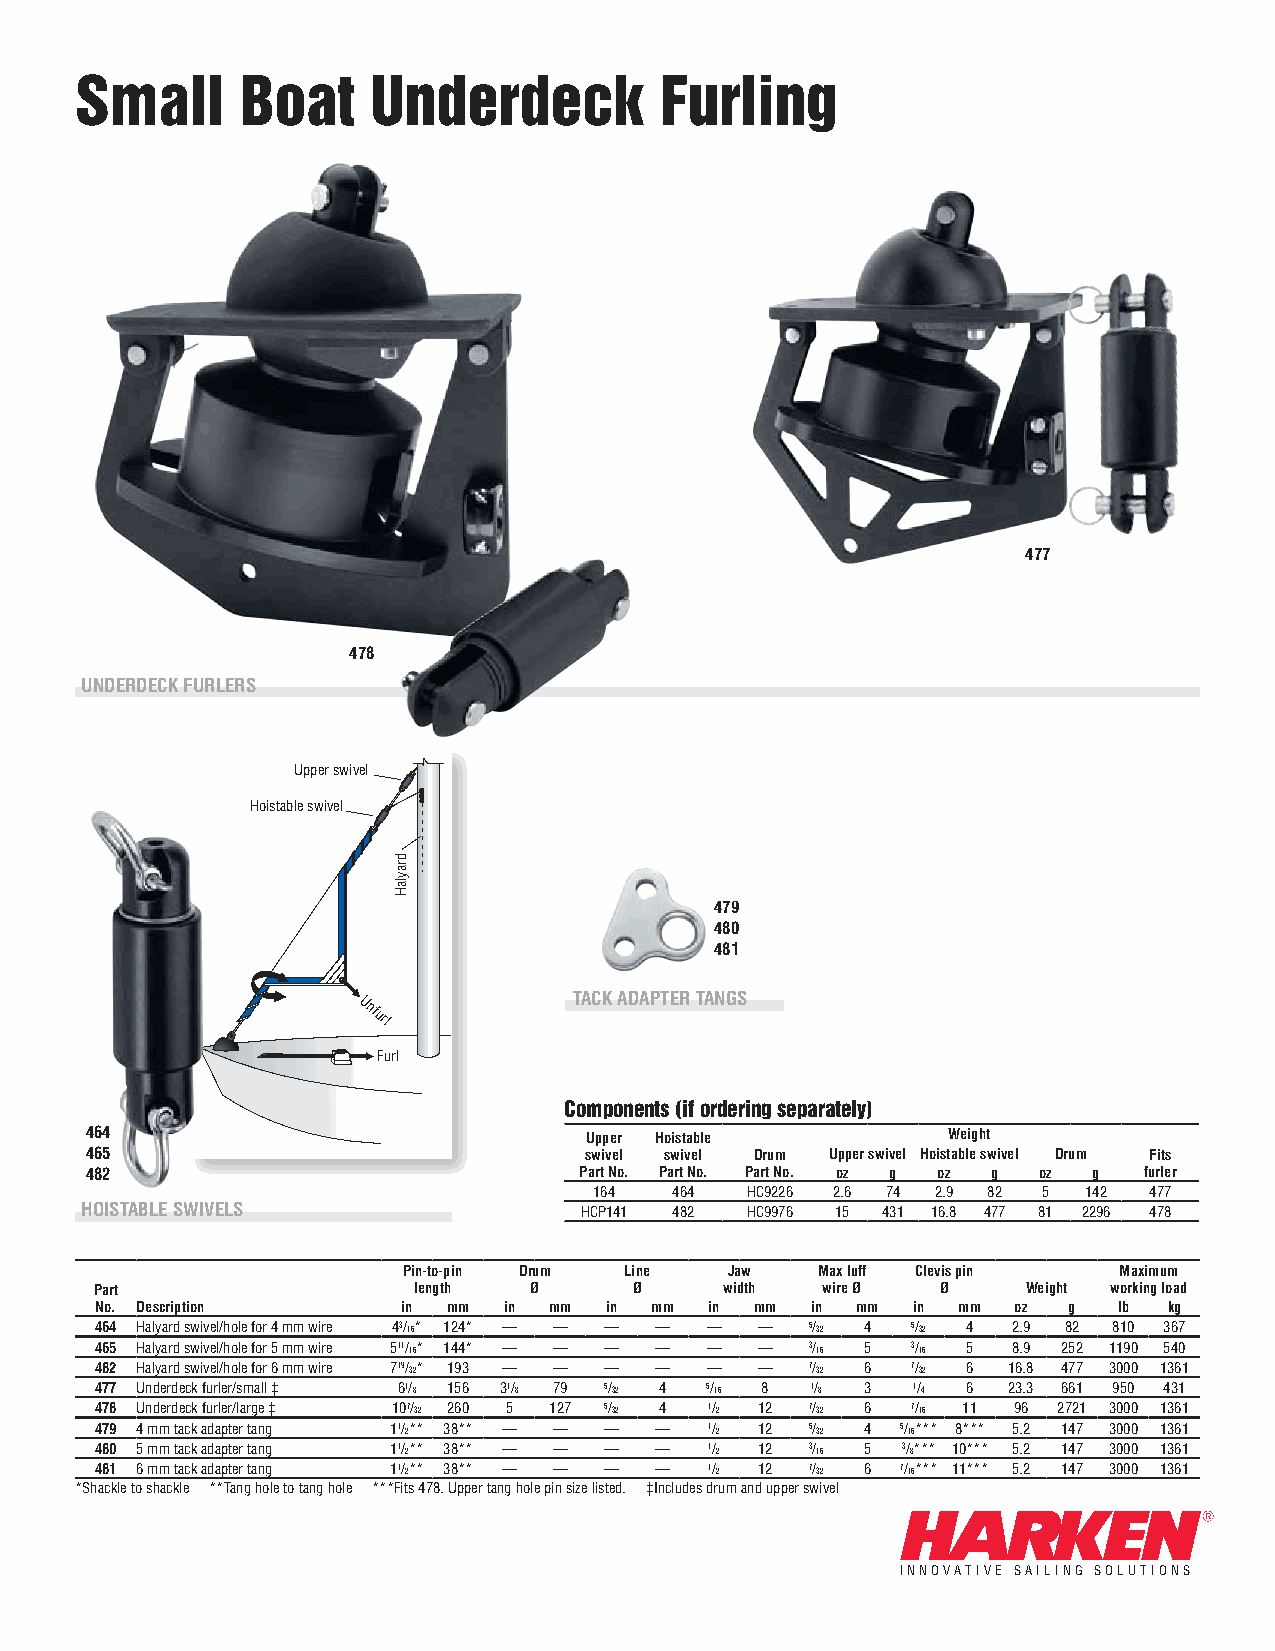
Small      Boat     Underdeck          Furling
 477
 478
 Underdeck FUrlerS
 Upper swivel
 Hoistable swivel
 479
 480
 481
 TAck AdApTer TAngS
 Unfurl
 Furl
 Components (if ordering separately)
 464                              Upper Hoistable         weight
 465                              swivel swivel drum Upper swivel Hoistable swivel drum Fits
 482                             part no. part no. part no. oz g oz g oz g furler
 164   464 HC9226 2.6 74 2.9 82 5 142 477
 HoISTAble SwIvelS                HCP141 482 HC9976 15 431 16.8 477 81 2296 478
 pin-to-pin drum line Jaw   Max luff clevis pin Maximum
 part                 length  Ø      Ø     width wire Ø  Ø     weight working load
 no. description      in mm in mm  in mm  in mm  in mm in mm  oz  g  lb kg
 464 Halyard swivel/hole for 4 mm wire 43/16* 124* — — — — — — 5/32 4 5/32 4 2.9 82 810 367
 465 Halyard swivel/hole for 5 mm wire 511/16* 144* — — — — — — 3/16 5 3/16 5 8.9 252 1190 540
 482 Halyard swivel/hole for 6 mm wire 719/32* 193 — — — — — — 7/32 6 7/32 6 16.8 477 3000 1361
 477 Underdeck furler/small ‡ 61/8 156 31/8 79 5/32 4 5/16 8 1/8 3 1/4 6 23.3 661 950 431
 478 Underdeck furler/large ‡ 107/32 260 5 127 5/32 4 1/2 12 7/32 6 7/16 11 96 2721 3000 1361
 479 4 mm tack adapter tang 11/2** 38** — — — — 1/2 12 5/32 4 5/16*** 8*** 5.2 147 3000 1361
 480 5 mm tack adapter tang 11/2** 38** — — — — 1/2 12 3/16 5 3/8*** 10*** 5.2 147 3000 1361
 481 6 mm tack adapter tang 11/2** 38** — — — — 1/2 12 7/32 6 7/16*** 11*** 5.2 147 3000 1361
 *Shackle to shackle **Tang hole to tang hole ***Fits 478. Upper tang hole pin size listed. ‡Includes drum and upper swivel
 INNOVATIVE SAILING SOLUTIONS
 draylaH